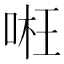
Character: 𠶖